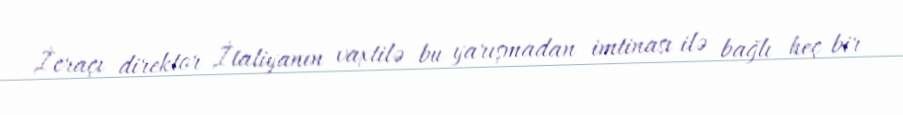
İcraçı direktor İtaliyanın vaxtilə bu yarışmadan imtinası ilə bağlı heç bir